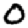
Digit: 0